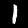
Label: 1